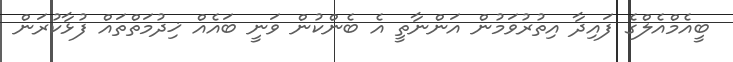
ބީއެމްއެލްގެ ފައިދާ އިތުރުވަމުން އަންނާތީ އެ ބެންކުން ވަނީ ބައެއް ޚިދުމަތްތައް ފުޅާކުރަން